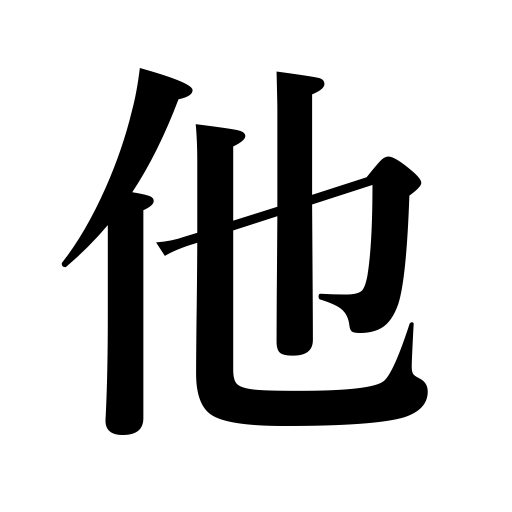
Meanings: another place,the other,some other place,others,another thing,outside,the rest,another